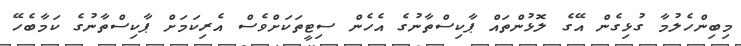
މިބިންހެލުމާ ގުޅިގެން އޭގެ ލޮޅުންތައް ޕާކިސްތާނުގެ އެހެން ސިޓީތަކަށްވެސް އެރިކަމަށް ޕާކިސްތާނުގެ ކަމާބެހޭ